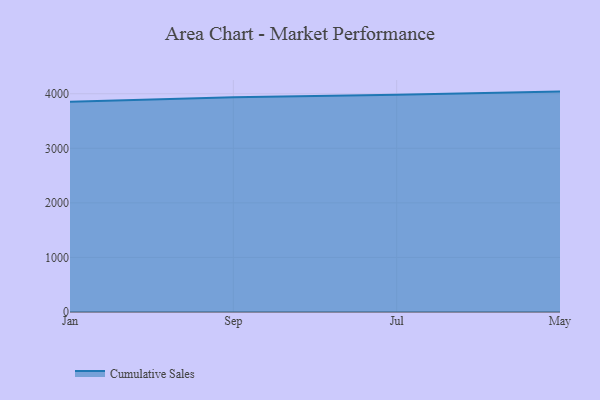
{"axis": {"x": "Month", "y": "Energy Usage (MWh)"}, "legend": ["Cumulative Sales"], "data": [{"x": "Jan", "y": 3854.5, "type": "Cumulative Sales"}, {"x": "Sep", "y": 3936.8, "type": "Cumulative Sales"}, {"x": "Jul", "y": 3982.2, "type": "Cumulative Sales"}, {"x": "May", "y": 4039.4, "type": "Cumulative Sales"}]}